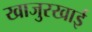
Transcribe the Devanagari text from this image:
खाजुरखाई